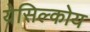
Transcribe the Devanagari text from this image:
येसिल्कोय